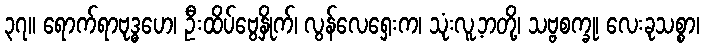
၃၇။ ရောက်ရာဗုဒ္ဓဟေ၊ ဦးထိပ်ဗွေနှိုက်၊ လွန်လေရှေးက၊ သုံးလူ့ဘတို့၊ သဗ္ဗစက္ခု၊ လေးခုသစ္စာ၊